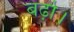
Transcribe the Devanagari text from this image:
बढ़ो।